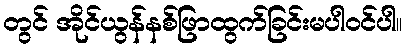
တွင် အိုင်ယွန်နစ်ဖြာထွက်ခြင်းမပါဝင်ပါ။